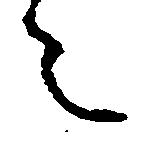
々